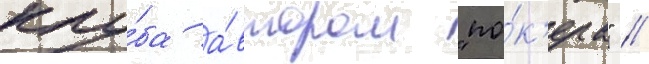
клу́ба а́втором "по́к'ера" //